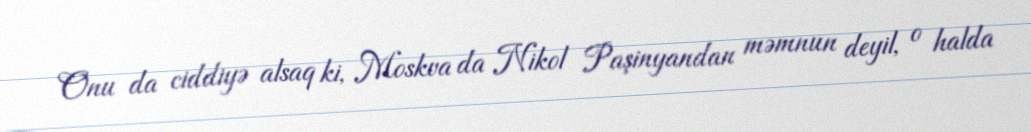
Onu da ciddiyə alsaq ki, Moskva da Nikol Paşinyandan məmnun deyil, o halda